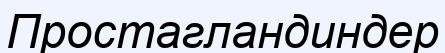
Простагландиндер